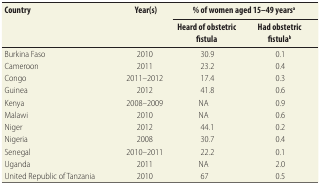
<table><thead><tr><td rowspan="2"><b>Country</b></td><td rowspan="2"><b>Year(s)</b></td><td colspan="2"><b>% of women aged 15–49 years<sup>a</sup></b></td></tr><tr><td><b>Heard of obstetric fistula</b></td><td><b>Had obstetric fistula<sup>b</sup></b></td></tr></thead><tbody><tr><td>Burkina Faso</td><td>2010</td><td>30.9</td><td>0.1</td></tr><tr><td>Cameroon</td><td>2011</td><td>23.2</td><td>0.4</td></tr><tr><td>Congo</td><td>2011–2012</td><td>17.4</td><td>0.3</td></tr><tr><td>Guinea</td><td>2012</td><td>41.8</td><td>0.6</td></tr><tr><td>Kenya</td><td>2008–2009</td><td>NA</td><td>0.9</td></tr><tr><td>Malawi</td><td>2010</td><td>NA</td><td>0.6</td></tr><tr><td>Niger</td><td>2012</td><td>44.1</td><td>0.2</td></tr><tr><td>Nigeria</td><td>2008</td><td>30.7</td><td>0.4</td></tr><tr><td>Senegal</td><td>2010–2011</td><td>22.2</td><td>0.1</td></tr><tr><td>Uganda</td><td>2011</td><td>NA</td><td>2.0</td></tr><tr><td>United Republic of Tanzania</td><td>2010</td><td>67</td><td>0.5</td></tr></tbody></table>